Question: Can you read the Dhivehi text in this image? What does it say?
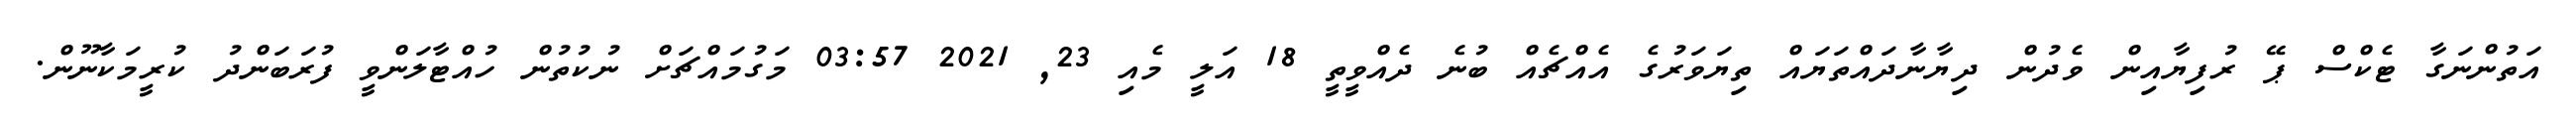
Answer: އަތުންނަގާ ޓެކްސް ޕޭ ރުފިޔާއިން ވެދުން ދިޔާނާދައްތަޔައް ތިޔަވަރުގެ އެއްޗެއް ބުނެ ދެއްވީތީ 18 އަލީ މެއި 23, 2021 03:57 މަގުމައްޗަށް ނުކުތުން ހުއްޓާލަންވީ ފުރަބަންދު ކުރީމަކާނޫން.